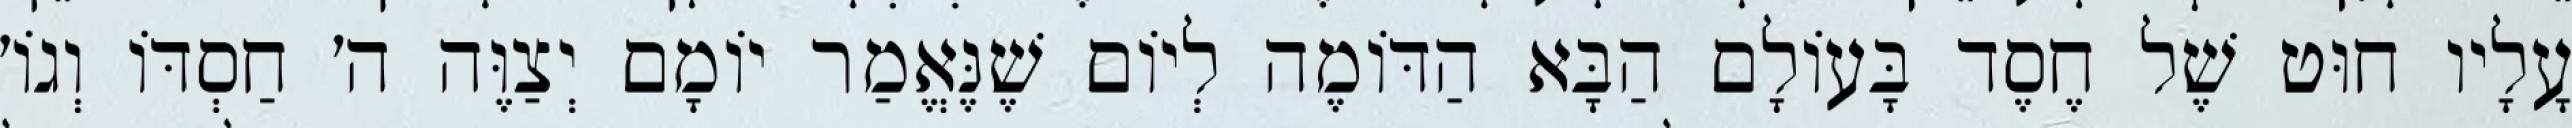
עָלָיו חוּט שֶׁל חֶסֶד בָּעוֹלָם הַבָּא הַדּוֹמֶה לְיוֹם שֶׁנֶּאֱמַר יוֹמָם יְצַוֶּה ה׳ חַסְדּוֹ וְגוֹ׳